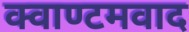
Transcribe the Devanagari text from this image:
क्वाण्टमवाद